Senior Leaving Certificate Examination (including Day School Certificate (Higher) General paper), 1950
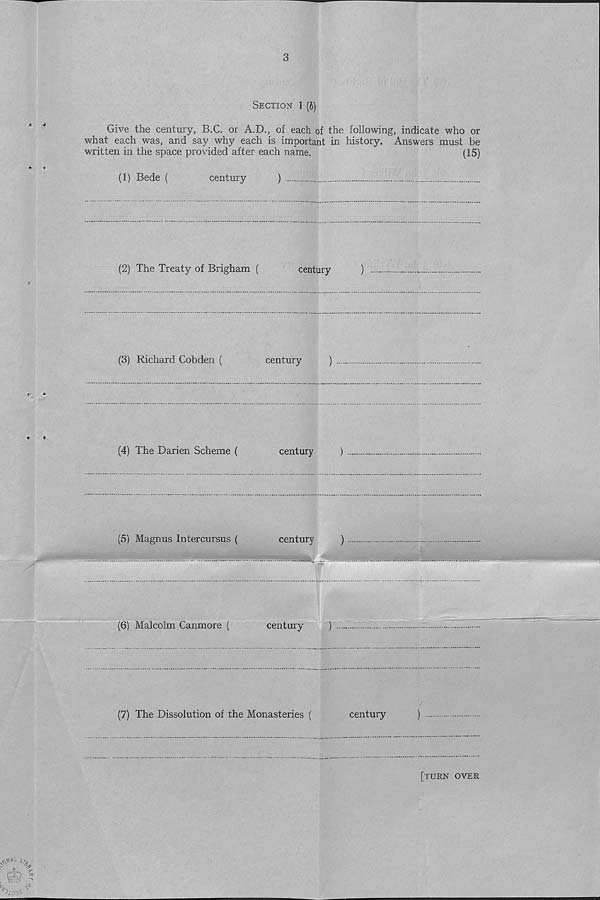
' >0
3
Section 1 (b)
Give the century, B.C. or A.D., of each of the following, indicate who or
what each was, and say why each is important in history. Answers must be
written in the space provided after each name.
(15)
(1) Bede (
century
)
(2) The Treaty of Brigham (
century
)
(3) Richard Cobden (
century
)
(4) The Darien Scheme (
century
)
(5) Magnus Intercursus (
century
)
(6) Malcolm Canmore (
century
)
(7) The Dissolution of the Monasteries (
century
)
.e^L </,
[turn over